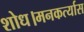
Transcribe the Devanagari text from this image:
शोध।मनकर्त्यास